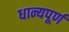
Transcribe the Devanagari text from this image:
धान्यपूर्ण